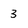
Character: 3